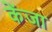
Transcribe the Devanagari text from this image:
केंजा